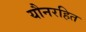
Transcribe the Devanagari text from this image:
यौनरहित